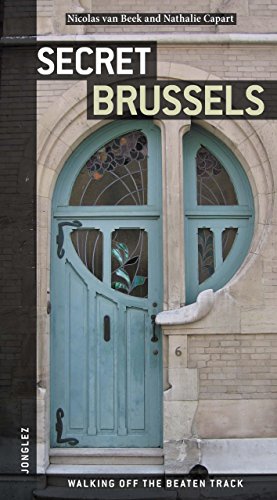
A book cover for Secret Brussels; Nicholas van Beek; Travel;